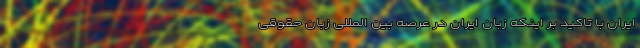
ایران با تاکید بر اینکه زبان ایران در عرصه بین المللی زبان حقوقی